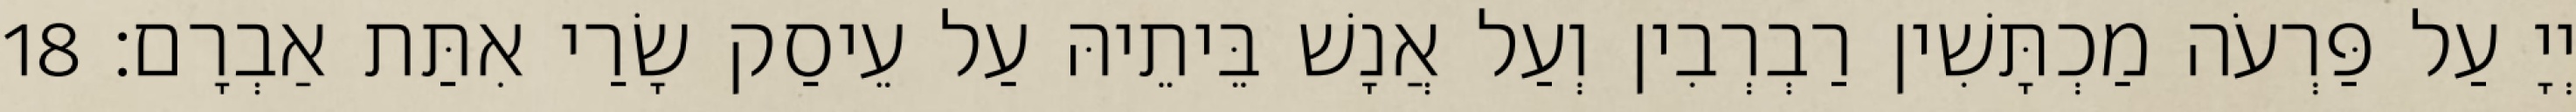
יְיָ עַל פַּרְעֹה מַכְתָּשִׁין רַבְרְבִין וְעַל אֲנָשׁ בֵּיתֵיהּ עַל עֵיסַק שָׂרַי אִתַּת אַבְרָם׃ 18